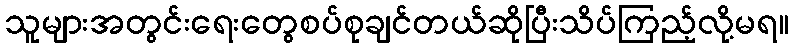
သူများအတွင်းရေးတွေစပ်စုချင်တယ်ဆိုပြီးသိပ်ကြည့်လို့မရ။